Punjab Mental Hospital Lahore 1932-46 - 1932-1946
Year: 1932
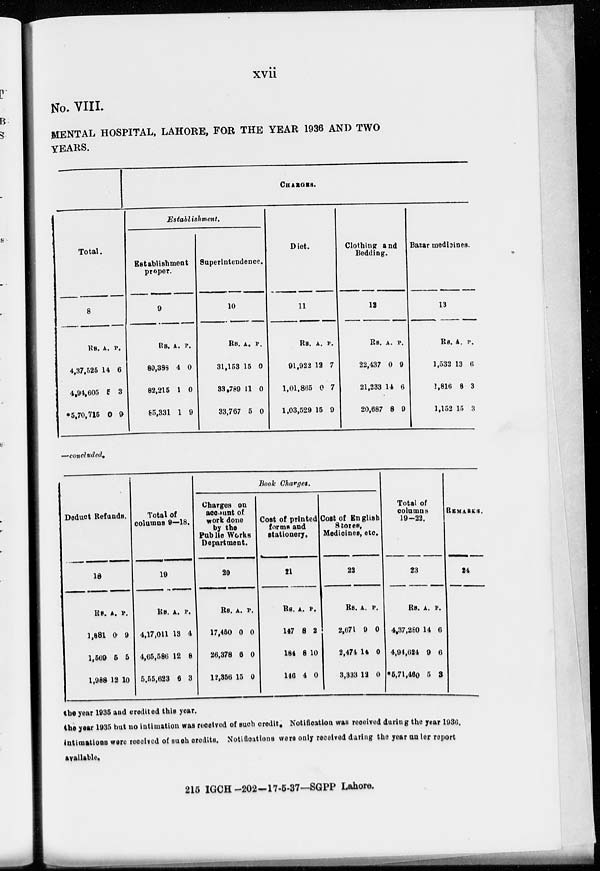
xvii
No. VIII.
MENTAL HOSPITAL, LAHORE, FOR THE YEAR 1936 AND TWO
YEARS.
Total.
8
Rs.
4,37,525
4,94,605
*5,70,715
A.
14
5
0
P.
6
3
9
CHARGES.
Establishment,
Establishment
proper.
9
Rs.
80,388
82,215
85,331
A.
4
1
1
P.
0
0
9
Superintendence.
10
Rs.
31,153
33,789
33,767
A.
15
11
5
P.
0
0
0
Diet.
11
Rs.
91,922
1,01,865
1,03,529
A.
12
0
15
P.
7
7
9
Clothing and
Bedding.
12
Rs.
22,437
21,233
20,687
A.
0
14
8
P.
9
6
9
Bazar medicines.
13
Rs.
1,532
2,816
1,152
A.
13
8
15
P.
6
3
3
—concluded.
Deduct Refunds.
18
Rs.
1,881
1,569
1,988
A.
0
5
12
P.
9
5
10
Total of
columns 9—18.
19
Rs.
4,17,011
4,65,586
5,55,623
A.
13
12
6
P.
4
8
3
Book Charges.
Charges on
account of
work done
by the
Public Works
Department.
20
Rs.
17,450
26,378
12,356
A.
0
6
15
P.
0
0
0
Cost of printed
forms and
stationery.
21
Rs.
147
184
146
A.
8
8
4
P.
2
10
0
Cost of English
Stores,
Medicines, etc.
22
Rs.
2,671
2,474
3,333
A.
9
14
12
P.
0
0
0
Total of
columns
19-22.
23
Rs.
4,37,280
4,94,624
*5,71,460
A.
14
9
5
P.
6
6
3
REMARKS.
24
the year 1935 and credited this year.
the year 1935 but no intimation was received of such credit. Notification was received during the year 1936,
intimations were received of such credits. Notifications were only raceived during the year under report
available.
215 IGCH -202-17-5-37—SGPP Lahore.